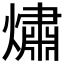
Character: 熽